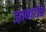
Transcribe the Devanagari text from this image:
झ़ाबायेव